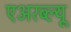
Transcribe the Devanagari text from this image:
एअरब्ल्यू